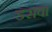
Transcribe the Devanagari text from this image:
डरावा